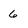
Character: 6